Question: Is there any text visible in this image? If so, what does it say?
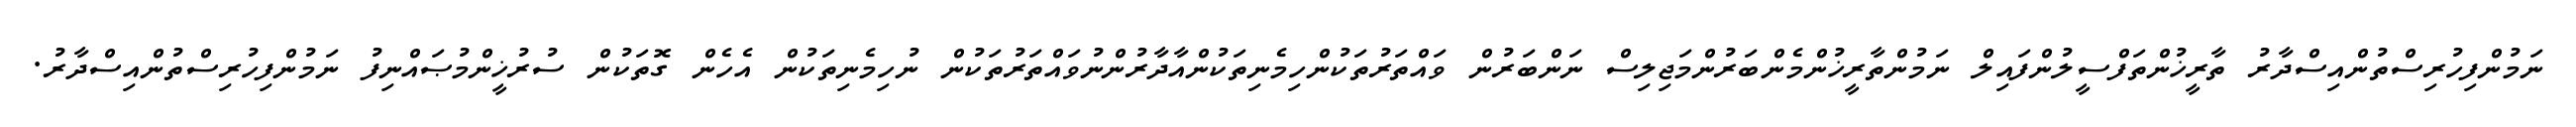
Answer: ނަމުންފިހުރިސްތުންއިސްދާރު ތާރީޚުންތަފްސީލުންފައިލް ނަމުންތާރީޚުންމެންބަރުންމަޖިލިސް ނަންބަރުން ވައްތަރުތަކުންހިމެނިތަކުންއާދާރުންނުވައްތަރުތަކުން ނުހިމެނިތަކުން އެހެން ގޮތަކުން ސުރުޚީންމުޞައްނިފު ނަމުންފިހުރިސްތުންއިސްދާރު.